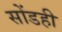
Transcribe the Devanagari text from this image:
सोंडही